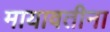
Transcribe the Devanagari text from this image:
मायावतीना